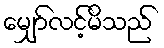
မျှော်လင့်မိသည်